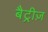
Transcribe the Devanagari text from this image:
बैट्रीज़